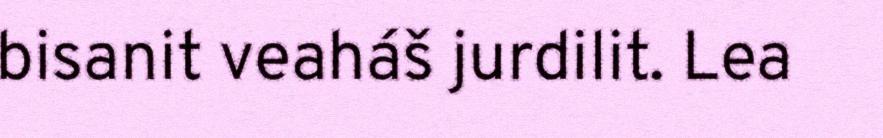
bisanit veaháš jurdilit. Lea